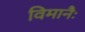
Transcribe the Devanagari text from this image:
विमानैः